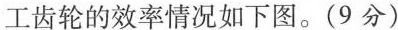
工齿轮的效率情况如下图。(9分)